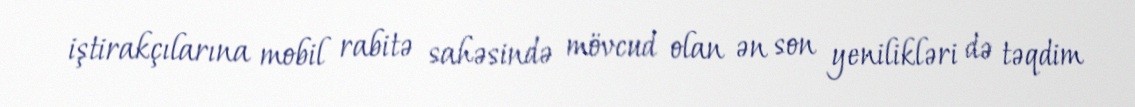
iştirakçılarına mobil rabitə sahəsində mövcud olan ən son yenilikləri də təqdim